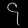
Digit: ၄